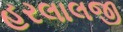
હરલાલજી